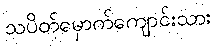
သပိတ်မှောက်ကျောင်းသား